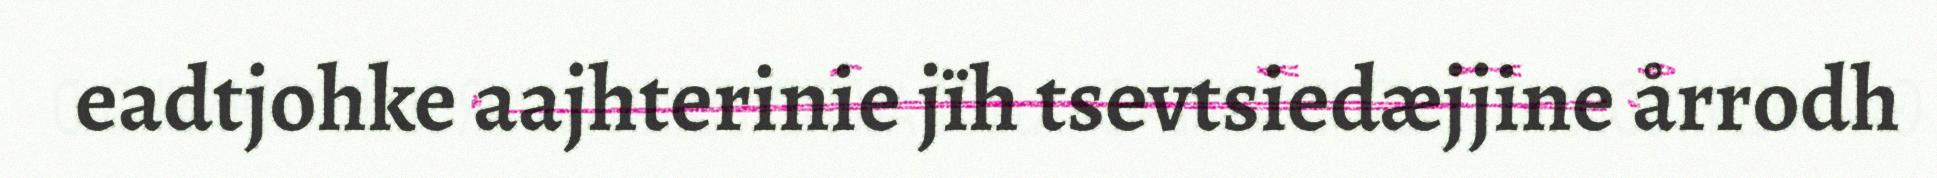
eadtjohke aajhterinie jïh tsevtsiedæjjine årrodh